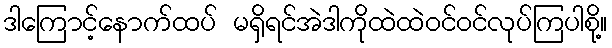
ဒါကြောင့်နောက်ထပ် မရှိရင်အဲဒါကိုထဲထဲဝင်ဝင်လုပ်ကြပါစို့။